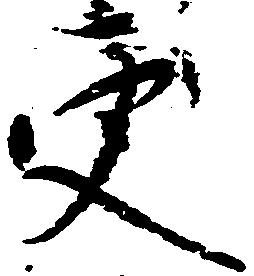
更